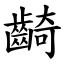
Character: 齮